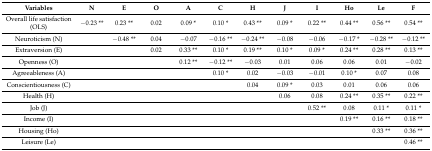
<table><thead><tr><td><b>Variables</b></td><td><b>N</b></td><td><b>E</b></td><td><b>O</b></td><td><b>A</b></td><td><b>C</b></td><td><b>H</b></td><td><b>J</b></td><td><b>I</b></td><td><b>Ho</b></td><td><b>Le</b></td><td><b>F</b></td></tr></thead><tbody><tr><td>Overall life satisfaction (OLS)</td><td>−0.23 **</td><td>0.23 **</td><td>0.02</td><td>0.09 *</td><td>0.10 *</td><td>0.43 **</td><td>0.09 *</td><td>0.22 **</td><td>0.44 **</td><td>0.56 **</td><td>0.54 **</td></tr><tr><td>Neuroticism (N)</td><td>[EMPTY_CELL]</td><td>−0.48 **</td><td>0.04</td><td>−0.07 </td><td>−0.16 **</td><td>−0.24 **</td><td>−0.08 </td><td>−0.06</td><td>−0.17 *</td><td>−0.28 **</td><td>−0.12 **</td></tr><tr><td>Extraversion (E)</td><td>[EMPTY_CELL]</td><td>[EMPTY_CELL]</td><td>0.02</td><td>0.33 **</td><td>0.10 *</td><td>0.19 **</td><td>0.10 *</td><td>0.09 *</td><td>0.24 **</td><td>0.28 **</td><td>0.13 **</td></tr><tr><td>Openness (O)</td><td>[EMPTY_CELL]</td><td>[EMPTY_CELL]</td><td>[EMPTY_CELL]</td><td>0.12 **</td><td>−0.12 **</td><td>−0.03 </td><td>0.01 </td><td>0.06 </td><td>0.06</td><td>0.01 </td><td>−0.02 </td></tr><tr><td>Agreeableness (A)</td><td>[EMPTY_CELL]</td><td>[EMPTY_CELL]</td><td>[EMPTY_CELL]</td><td>[EMPTY_CELL]</td><td>0.10 *</td><td>0.02 </td><td>−0.03</td><td>−0.01</td><td>0.10 *</td><td>0.07</td><td>0.08</td></tr><tr><td>Conscientiousness (C)</td><td>[EMPTY_CELL]</td><td>[EMPTY_CELL]</td><td>[EMPTY_CELL]</td><td>[EMPTY_CELL]</td><td>[EMPTY_CELL]</td><td>0.04</td><td>0.09 *</td><td>0.03</td><td>0.01</td><td>0.06</td><td>0.06</td></tr><tr><td>Health (H)</td><td>[EMPTY_CELL]</td><td>[EMPTY_CELL]</td><td>[EMPTY_CELL]</td><td>[EMPTY_CELL]</td><td>[EMPTY_CELL]</td><td>[EMPTY_CELL]</td><td>0.06</td><td>0.08</td><td>0.24 **</td><td>0.35 **</td><td>0.22 **</td></tr><tr><td>Job (J)</td><td>[EMPTY_CELL]</td><td>[EMPTY_CELL]</td><td>[EMPTY_CELL]</td><td>[EMPTY_CELL]</td><td>[EMPTY_CELL]</td><td>[EMPTY_CELL]</td><td>[EMPTY_CELL]</td><td>0.52 **</td><td>0.08 </td><td>0.11 *</td><td>0.11 *</td></tr><tr><td>Income (I)</td><td>[EMPTY_CELL]</td><td>[EMPTY_CELL]</td><td>[EMPTY_CELL]</td><td>[EMPTY_CELL]</td><td>[EMPTY_CELL]</td><td>[EMPTY_CELL]</td><td>[EMPTY_CELL]</td><td>[EMPTY_CELL]</td><td>0.19 **</td><td>0.16 **</td><td>0.18 **</td></tr><tr><td>Housing (Ho)</td><td>[EMPTY_CELL]</td><td>[EMPTY_CELL]</td><td>[EMPTY_CELL]</td><td>[EMPTY_CELL]</td><td>[EMPTY_CELL]</td><td>[EMPTY_CELL]</td><td>[EMPTY_CELL]</td><td>[EMPTY_CELL]</td><td>[EMPTY_CELL]</td><td>0.33 **</td><td>0.36 **</td></tr><tr><td>Leisure (Le)</td><td>[EMPTY_CELL]</td><td>[EMPTY_CELL]</td><td>[EMPTY_CELL]</td><td>[EMPTY_CELL]</td><td>[EMPTY_CELL]</td><td>[EMPTY_CELL]</td><td>[EMPTY_CELL]</td><td>[EMPTY_CELL]</td><td>[EMPTY_CELL]</td><td>[EMPTY_CELL]</td><td>0.46 **</td></tr></tbody></table>